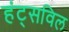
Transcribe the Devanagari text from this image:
हंट्सविल